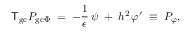
{ \sf T } _ { \mathrm { g c } } P _ { \mathrm { g c } \Phi } \; = \; - \frac { 1 } { \epsilon } \, \psi \; + \; h ^ { 2 } \, \varphi ^ { \prime } \; \equiv \; P _ { \varphi } ,